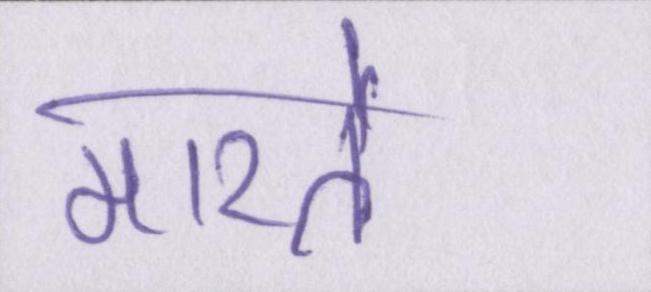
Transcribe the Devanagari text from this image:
मारते